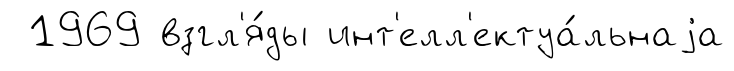
1969 взгл'я́ды инт'елл'ектуа́льнаjа